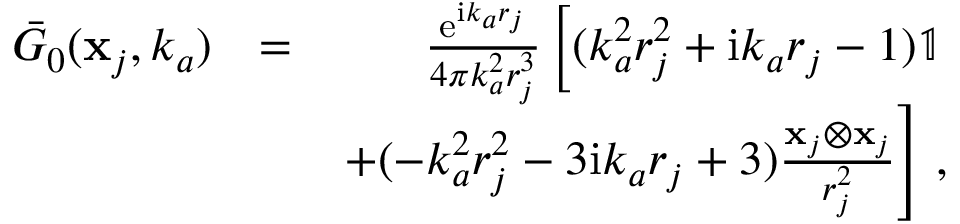
\begin{array} { r l r } { \bar { G } _ { 0 } ( \mathbf { x } _ { j } , k _ { a } ) } & { = } & { \frac { \mathrm { e } ^ { \mathrm { i } k _ { a } r _ { j } } } { 4 \pi k _ { a } ^ { 2 } r _ { j } ^ { 3 } } \left[ ( k _ { a } ^ { 2 } r _ { j } ^ { 2 } + \mathrm { i } k _ { a } r _ { j } - 1 ) \mathbb { 1 } \right. } \\ & { } & { \left. + ( - k _ { a } ^ { 2 } r _ { j } ^ { 2 } - 3 \mathrm { i } k _ { a } r _ { j } + 3 ) \frac { \mathbf { x } _ { j } \otimes \mathbf { x } _ { j } } { r _ { j } ^ { 2 } } \right] \, , } \end{array}